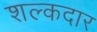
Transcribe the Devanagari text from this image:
शल्कदार